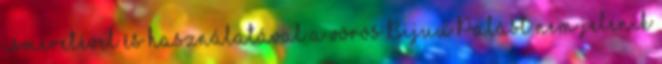
ismeretével és használatával a vörös Bijuu Palást nem jelenik